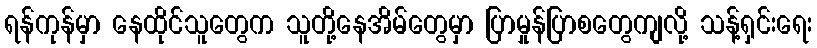
ရန်ကုန်မှာ နေထိုင်သူတွေက သူတို့နေအိမ်တွေမှာ ပြာမှုန်ပြာစတွေကျလို့ သန့်ရှင်းရေး